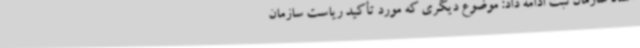
اسناد سازمان ثبت ادامه داد: موضوع دیگری که مورد تأکید ریاست سازمان